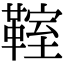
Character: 𩋡